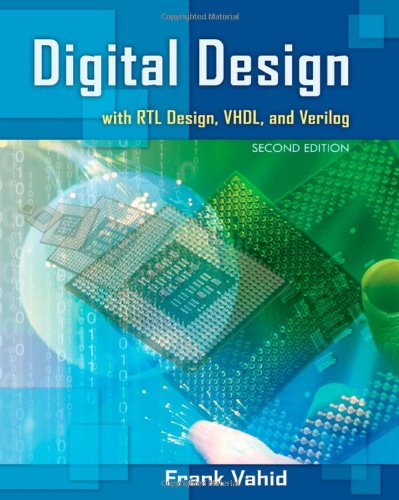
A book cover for Digital Design with RTL Design, VHDL, and Verilog; Frank Vahid; Engineering & Transportation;